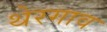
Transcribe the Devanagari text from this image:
थेरगाव